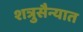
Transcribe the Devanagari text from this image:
शत्रुसैन्यात